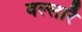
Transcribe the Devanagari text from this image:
वल्लारै